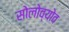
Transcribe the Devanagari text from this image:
सोलोव्योव